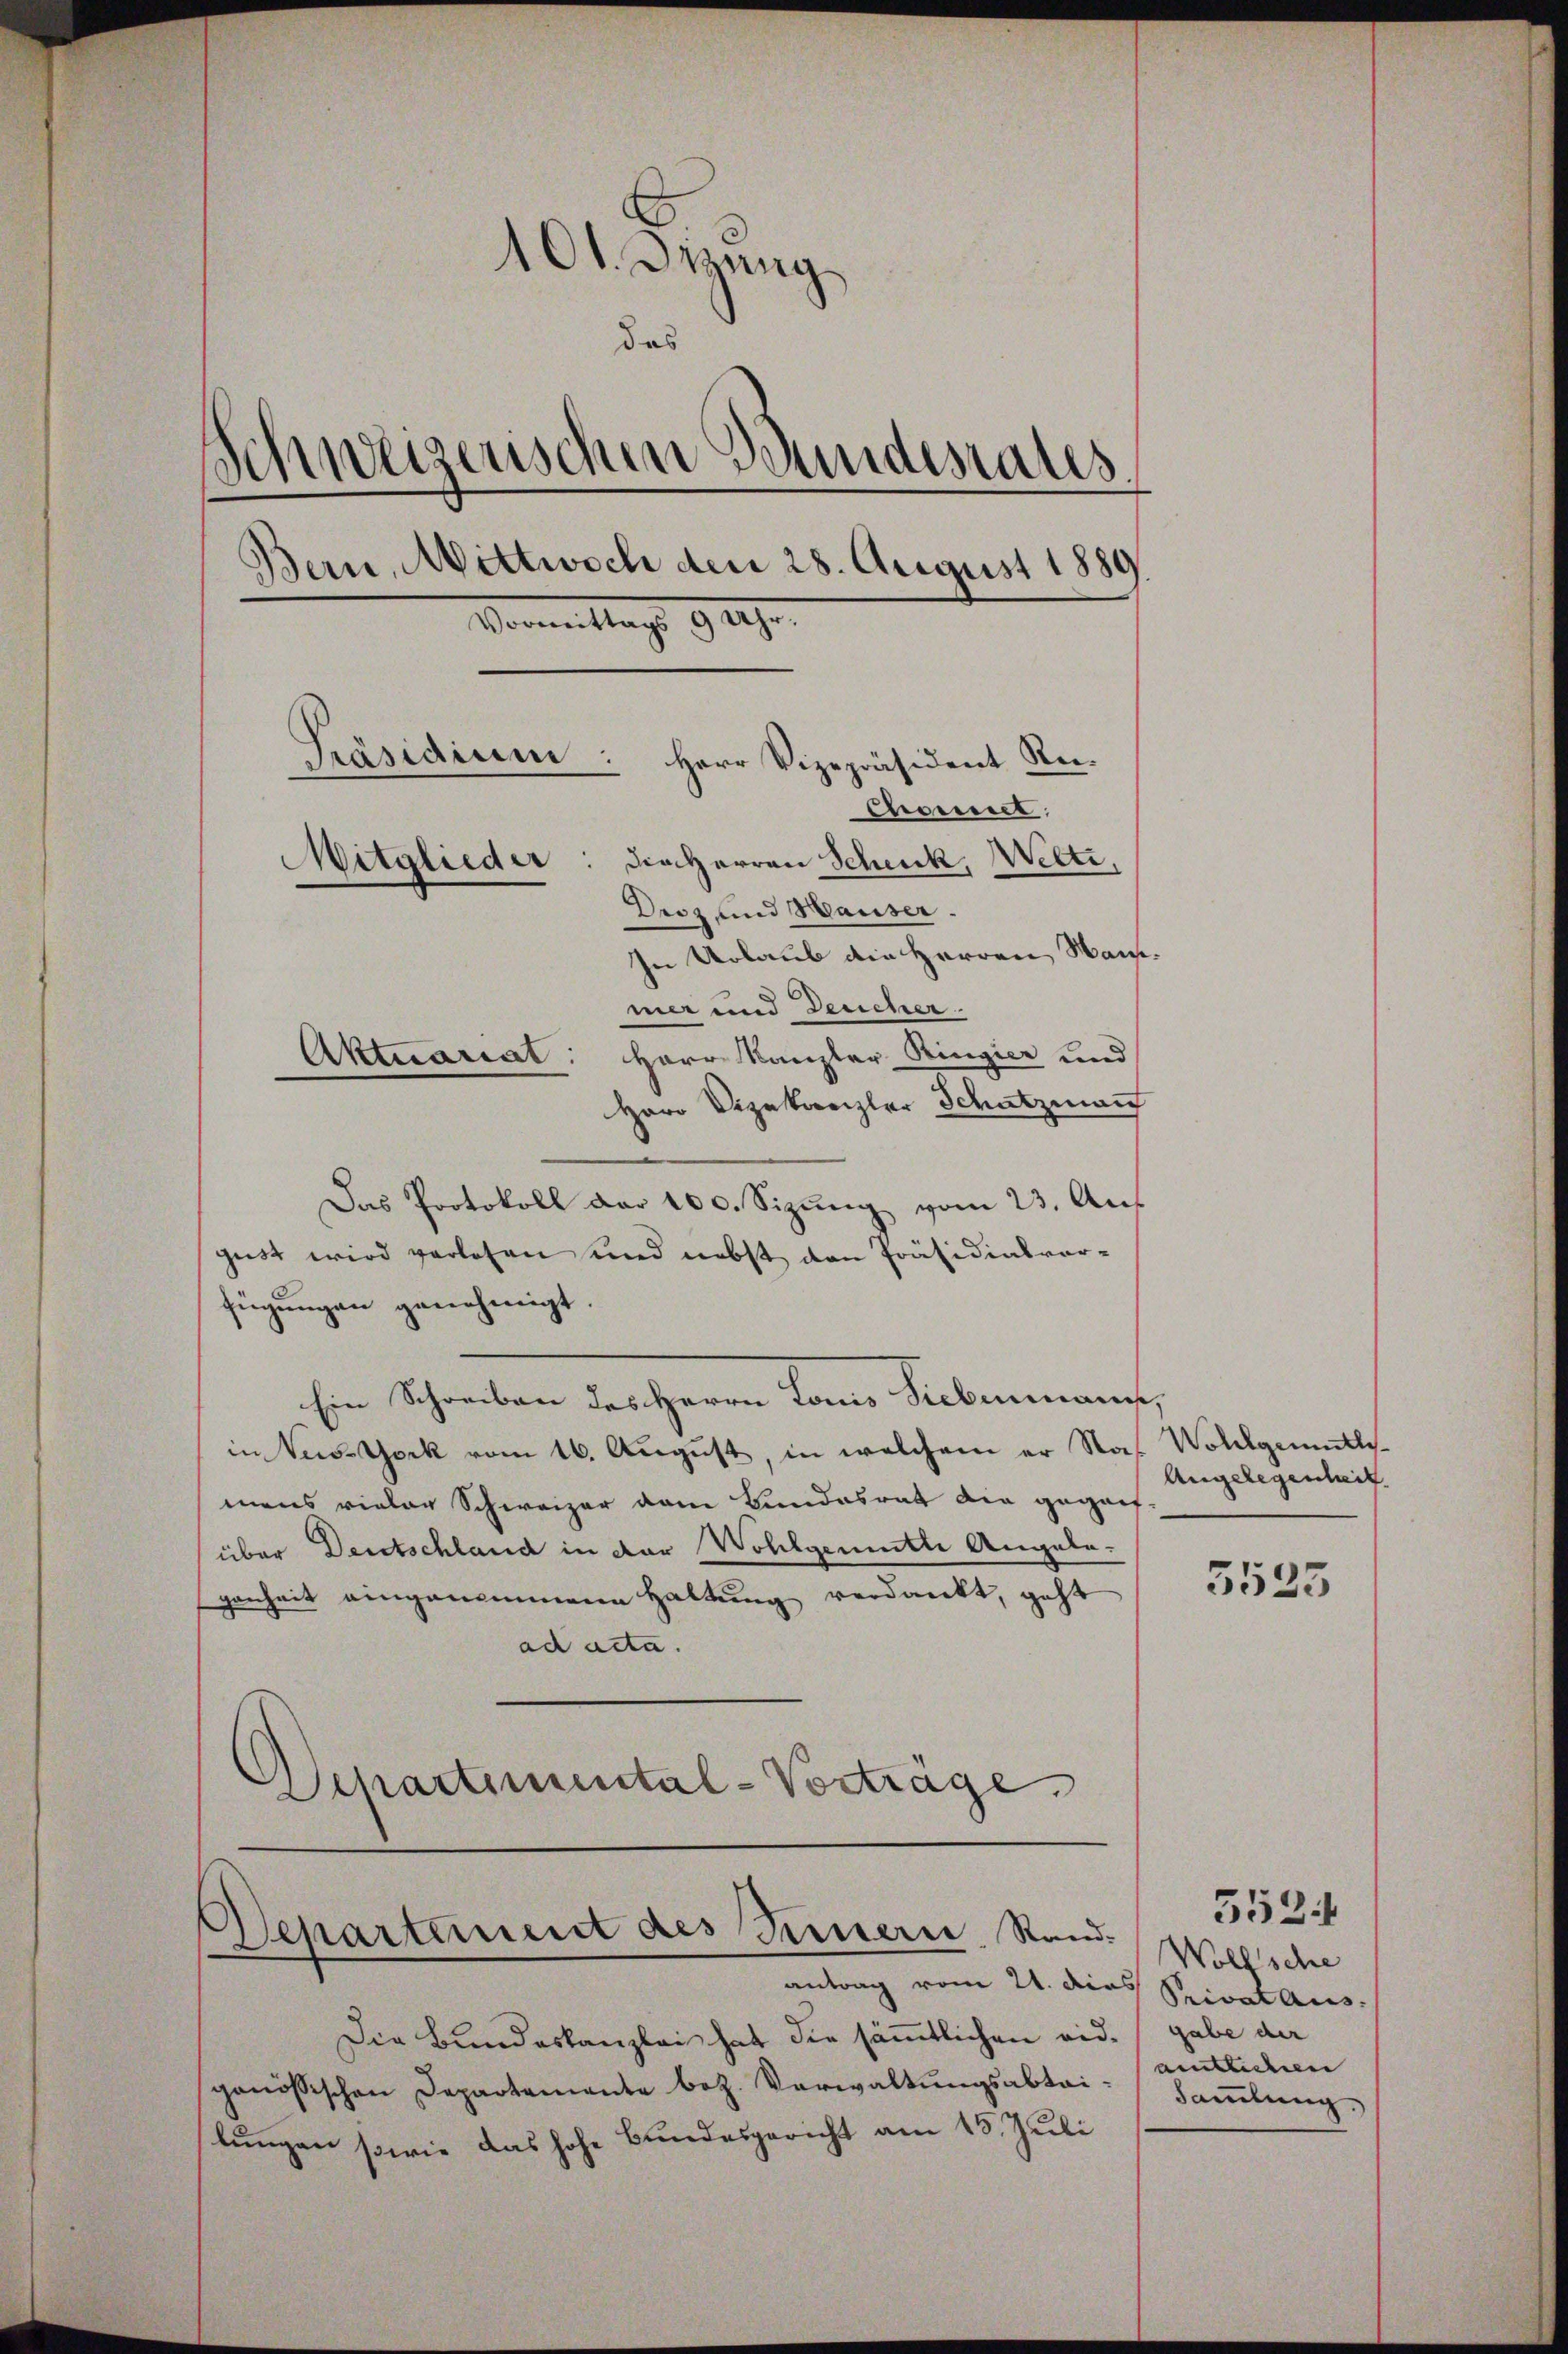
101. Dirung
das
schweizerischen Stundesrates
Bern, Mittwoch den 28. August 1889
Vormittags 910.
Präsidium: Herr Vizepräsident Re¬
Chancel
Mitglieder: die Herren Scheck, Welti,
Droz und Hauser.
In Urlaub die Herren Wan¬

mer und Deucher.
Aktuariat: Herr Kanzler Ringier und
Herr Vizekanzler Schatzman
Das Protokoll der 100. Sizung vom 23. Aus
gust wird verlesen und nebst den Präsidialvor-
fügungen genehmigt.
Ein Schreiben des Herrn Dame Febernannt,
in New-York vom 16. August, in welchem er Naß Wollgemuthsmens vieler Schweizer vom Bundesrat die geganfüber Deutschland in der Wohlgemette Angele-
genheit eingenommene Haltung verdankt, geht
ad acta.
Schartemental-Vorträge

Die Bundeskanzlei hat die sämmtlichen eid. gabe der
genössischen Departemente bez. Verwaltungsabtailungen sowie das hohe Bundesgericht am 15. Juli

Departement des Innern, Sandantrag vom 21. dies Privat aus.

Angelegenheit.

5523

552.
Wollsche
amtlichen
Sammlung.